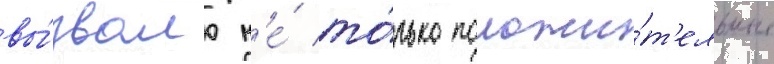
вы́звало н'е́ то́лько положи́т'ельные